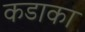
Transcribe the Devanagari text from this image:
कडाका